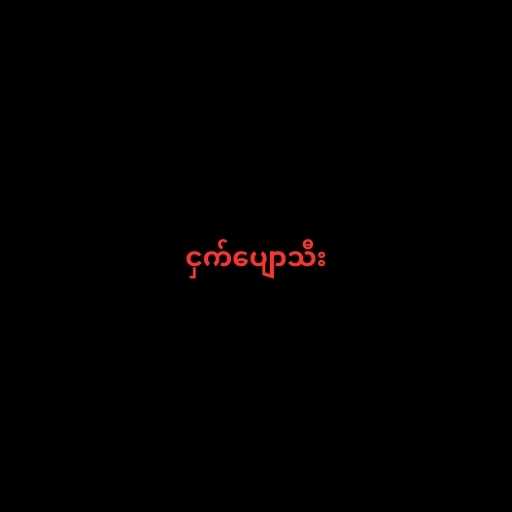
ငှက်ပျောသီး